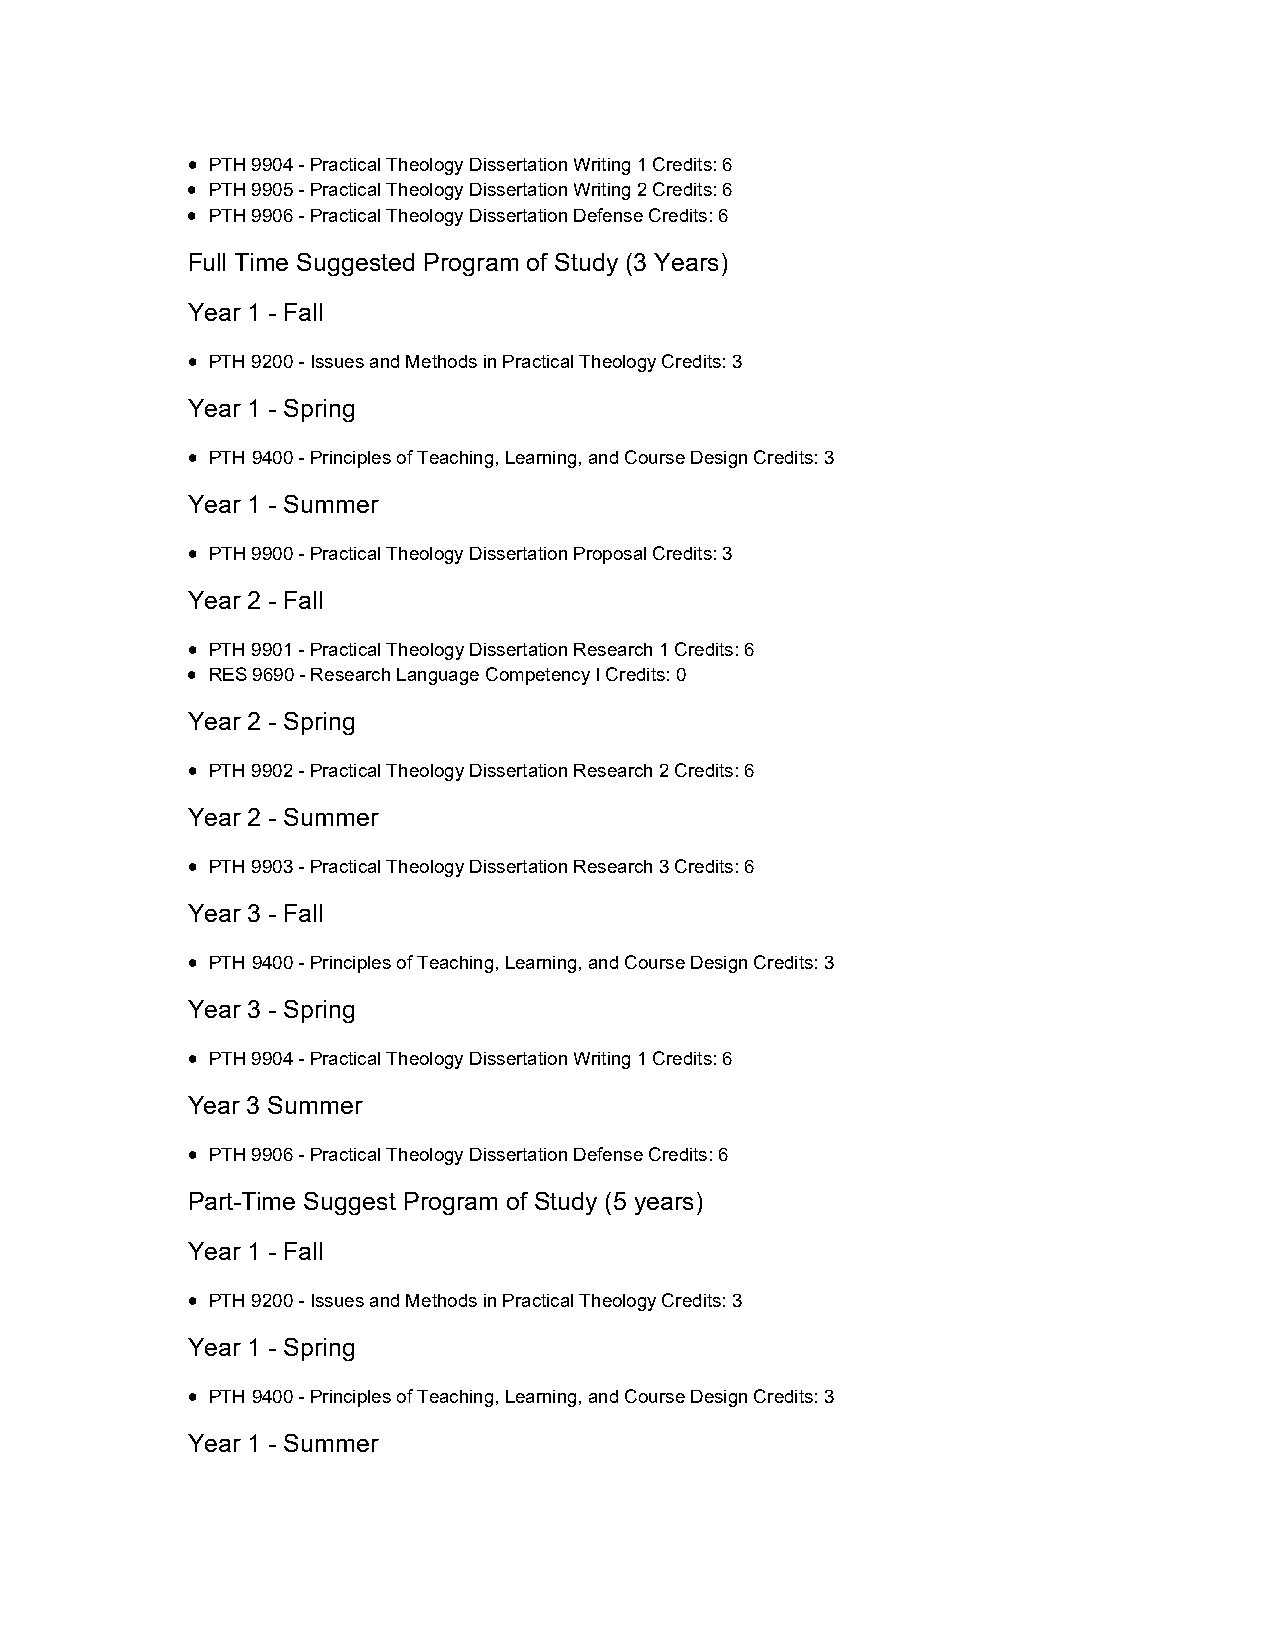
 PTH 9904 - Practical Theology Dissertation Writing 1 Credits: 6
  PTH 9905 - Practical Theology Dissertation Writing 2 Credits: 6
  PTH 9906 - Practical Theology Dissertation Defense Credits: 6
 Full Time Suggested Program of Study (3 Years)
 Year 1 - Fall
  PTH 9200 - Issues and Methods in Practical Theology Credits: 3
 Year 1 - Spring
  PTH 9400 - Principles of Teaching, Learning, and Course Design Credits: 3
 Year 1 - Summer
  PTH 9900 - Practical Theology Dissertation Proposal Credits: 3
 Year 2 - Fall
  PTH 9901 - Practical Theology Dissertation Research 1 Credits: 6
  RES 9690 - Research Language Competency I Credits: 0
 Year 2 - Spring
  PTH 9902 - Practical Theology Dissertation Research 2 Credits: 6
 Year 2 - Summer
  PTH 9903 - Practical Theology Dissertation Research 3 Credits: 6
 Year 3 - Fall
  PTH 9400 - Principles of Teaching, Learning, and Course Design Credits: 3
 Year 3 - Spring
  PTH 9904 - Practical Theology Dissertation Writing 1 Credits: 6
 Year 3 Summer
  PTH 9906 - Practical Theology Dissertation Defense Credits: 6
 Part-Time Suggest Program of Study (5 years)
 Year 1 - Fall
  PTH 9200 - Issues and Methods in Practical Theology Credits: 3
 Year 1 - Spring
  PTH 9400 - Principles of Teaching, Learning, and Course Design Credits: 3
 Year 1 - Summer